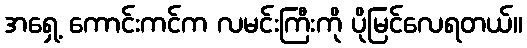
အရှေ့ ကောင်းကင်က လမင်းကြီးကို ပိုမြင်လေရတယ်။